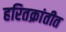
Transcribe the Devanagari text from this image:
हरितक्रांतीत